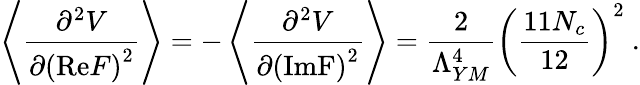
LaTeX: \left\langle\frac{\partial^{2}V}{\partial\left(\mathrm{Re}F\right)^{2}}\right\rangle=-\left\langle\frac{\partial^{2}V}{\partial\left(\mathrm{ImF}\right)^{2}}\right\rangle=\frac{2}{\Lambda_{YM}^{4}}\left(\frac{11N_{c}}{12}\right)^{2}\ .